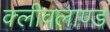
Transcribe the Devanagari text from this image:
क्लीवलाण्ड